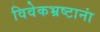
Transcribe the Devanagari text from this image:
विवेकभ्रष्टानां